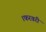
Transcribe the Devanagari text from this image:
।फरवरी